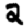
Digit: 2